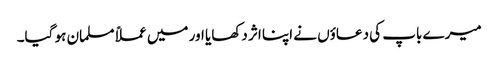
میرے باپ کی دعاؤں نے اپنا اثر دکھایا اور میں عملاً مسلمان ہو گیا۔